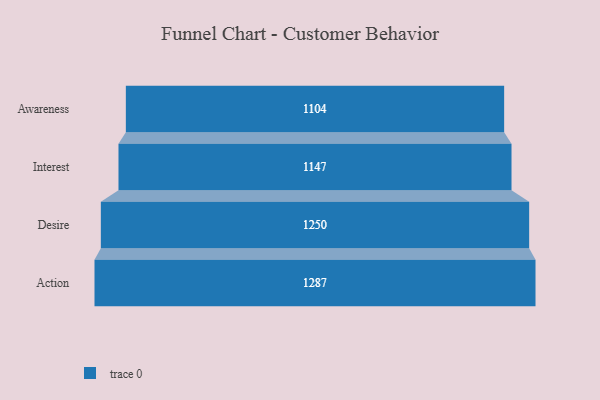
{"axis": {"x": "Stage", "y": "Value"}, "legend": [""], "data": [{"x": "Awareness", "y": 1104.0, "type": ""}, {"x": "Interest", "y": 1147.0, "type": ""}, {"x": "Desire", "y": 1250.0, "type": ""}, {"x": "Action", "y": 1287.0, "type": ""}]}